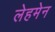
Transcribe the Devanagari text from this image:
लेहमेन